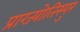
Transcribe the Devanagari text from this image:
प्राग्ज्योतिस्पुर